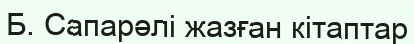
Б. Сапарәлі жазған кітаптар